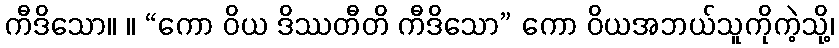
ကီဒိသော။ ။ “ကော ဝိယ ဒိဿတီတိ ကီဒိသော” ကော ဝိယအဘယ်သူကိုကဲ့သို့၊